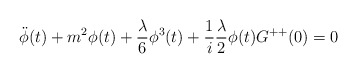
\begin{align*}\ddot{\phi}(t)+m^2\phi(t)+\frac{\lambda}{6}\phi^3(t)+\frac{1}{i}\frac{\lambda}{2}\phi(t)G^{++}(0)=0\end{align*}